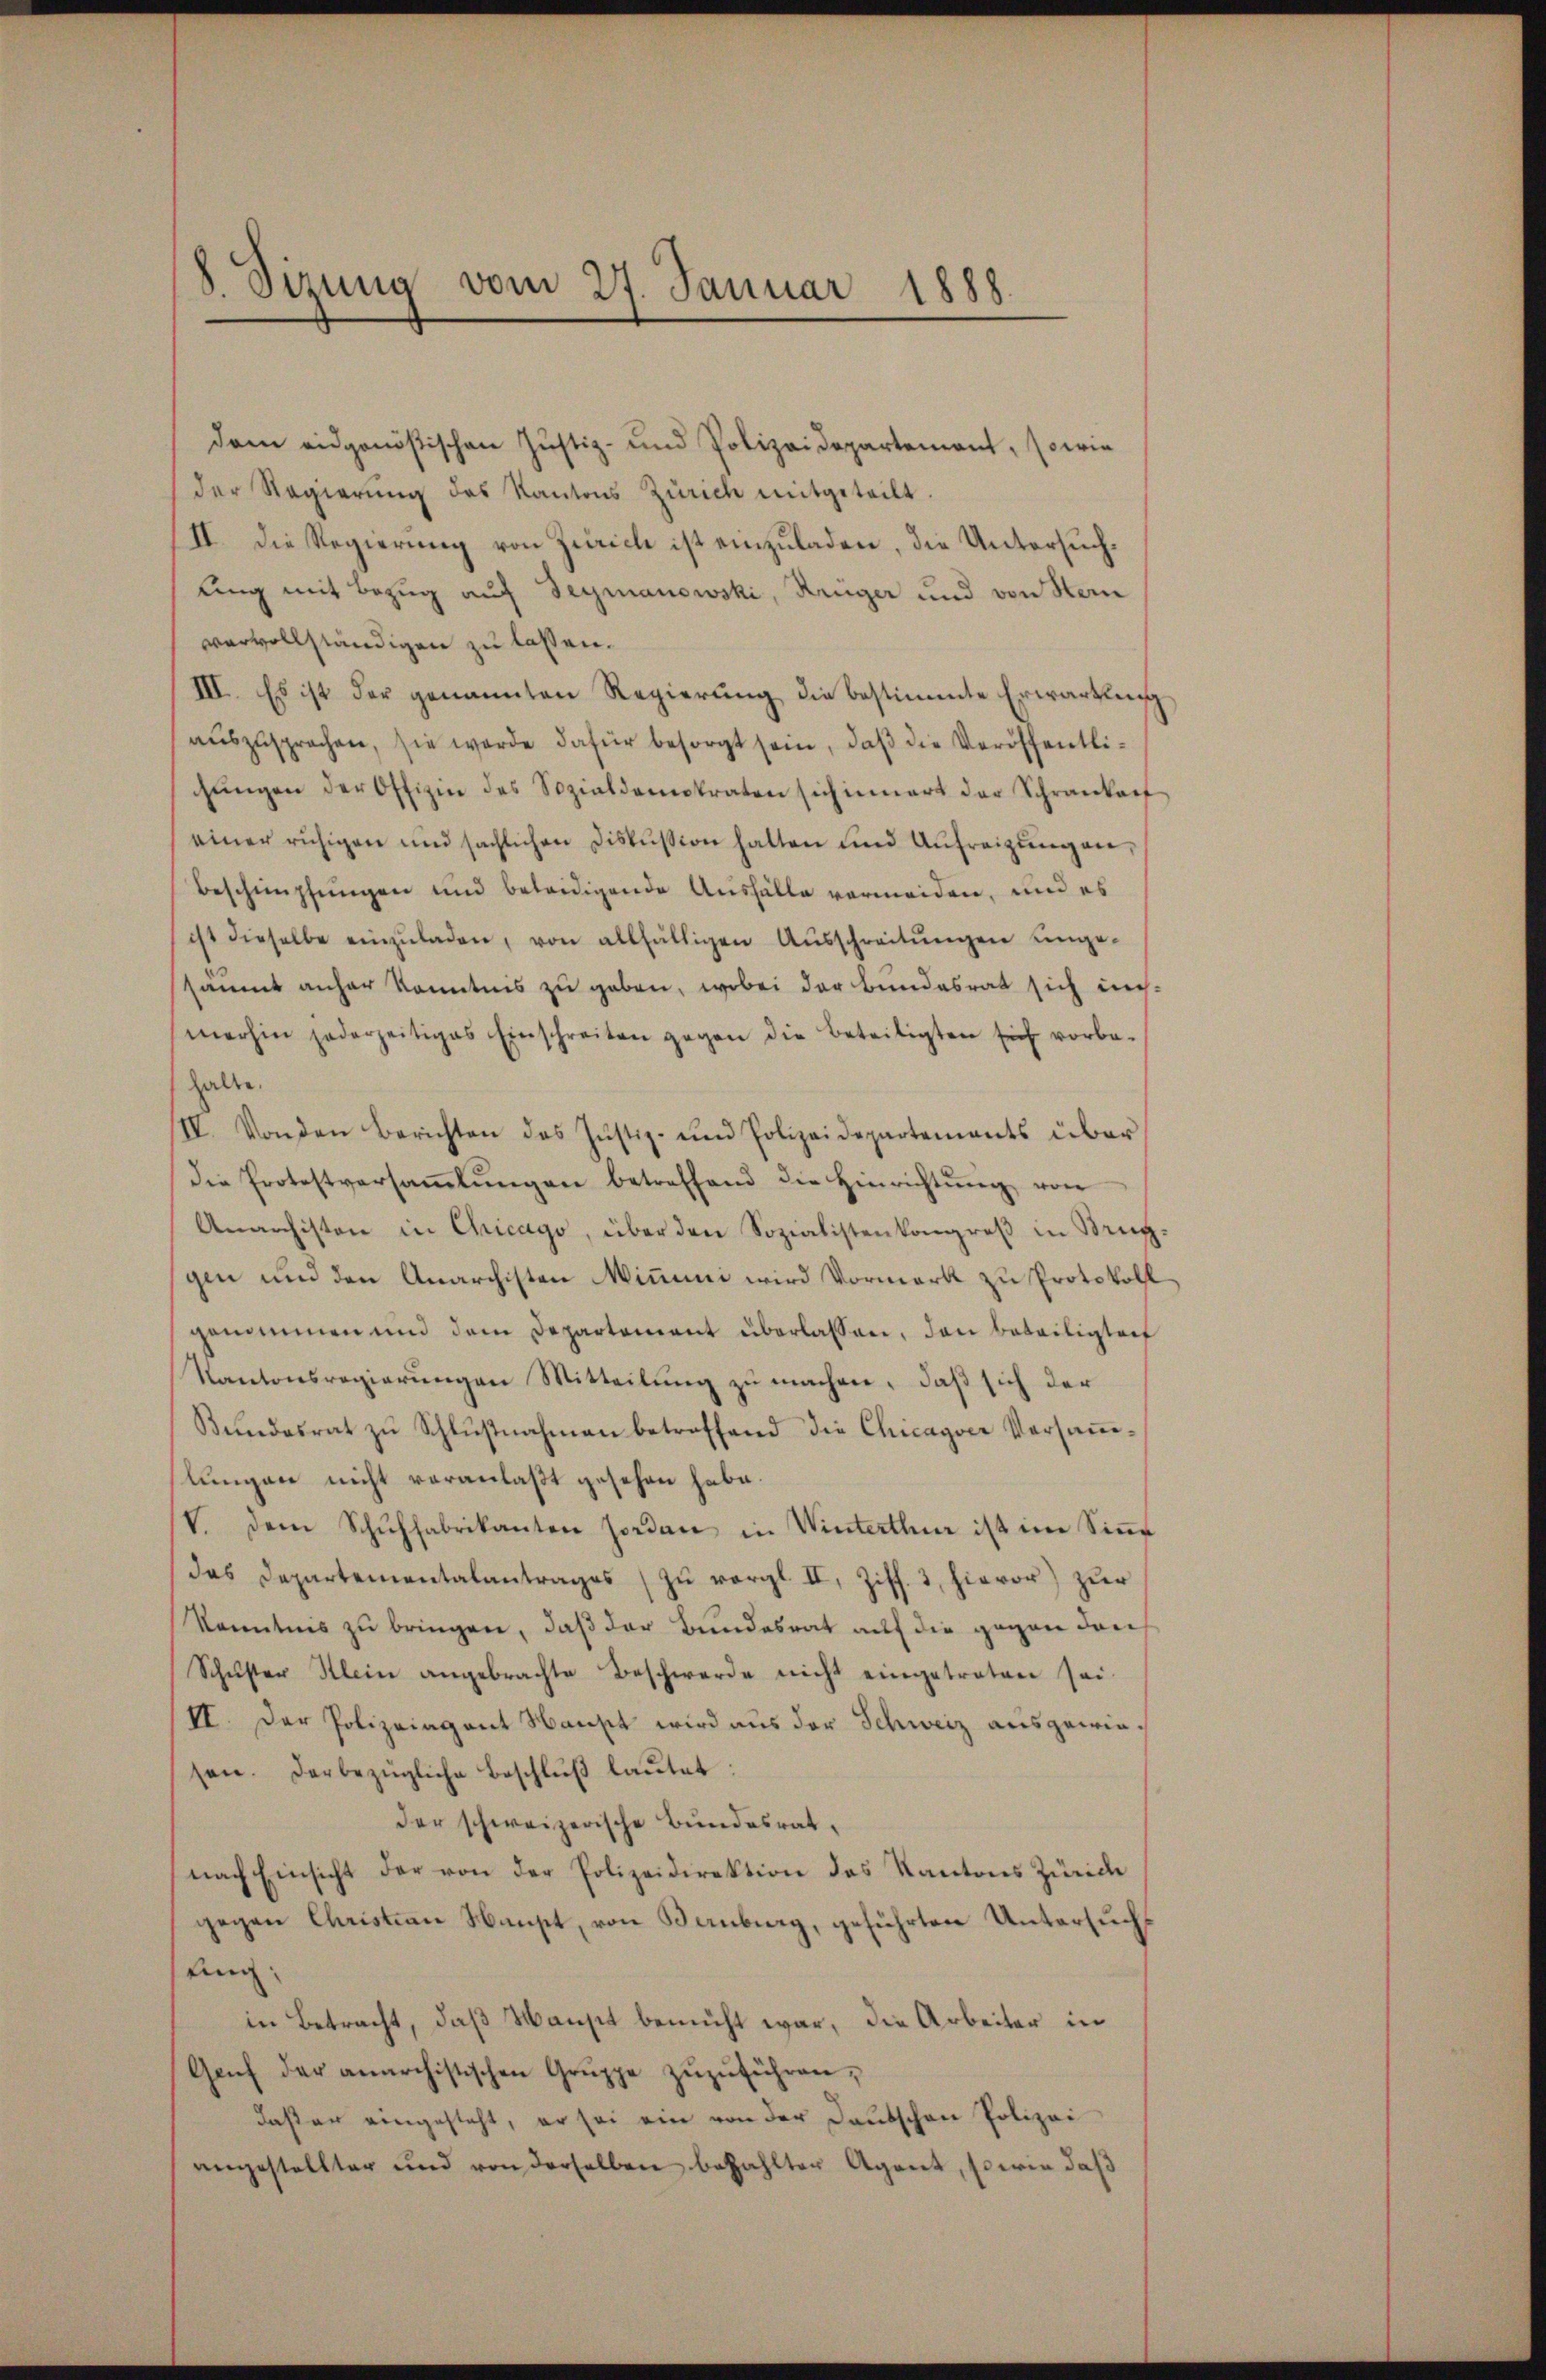
8. Sizung vom 27. Januar 1888.

dam eidgenößischen Justiz- und Polizeidepartement, sowie
der Regierŭng des Kantons Zürich mitgeteilt.
II. Die Regierung von Zürich ist einzuladen, die Untersuchling mit Bezug auf Teymanowski, Krüger und von Stern
vervollständigen zu lassen.
III. Es ist der genannten Regierung die bestimmte Erwartung
auszusprochen, sie werde dafür besorgt sein, daß die Veröffentlichŭngen der Offizin des Sozialdenstraten sich innert der Schrankonf
einer ruhigen und sächlichen Diskussion hatten und Unfreizŭngen,
Beschimpfungen und beleidigende Ausfälle vermeiden, und es
ist dieselbe einzŭladen, von allfälligen Aŭsschreitŭngen unge-
säumt anher konntnis zu geben, wobei der Bundesrat sich unmerhin jederzeitiges Einschreiten gegen die Beseitigten sich vorbe-
halte.
IV. Von den Berichten des Justiz- und Polizeidepartements über
die Protestversaṁlŭngen betreffend die Hinrichtŭng von
Anarchiston in Chicago, über den Sozialistenkongreβ in Kruggen und den Anarchisten Minini wird Vormerk zu Protokoll
genommen und dem Departement überlassen, den Beteiligteih
Kantonsregierungen Mitteilung zu machen, daß sich der
Bundesrat zu Schlußnahmen betreffend die Chicagoer Versammlungen nicht veranlaßt gesehen habe.
V. dem Schŭffabrikanton sodan in Winterthur ist im Siṅe
das Departementalantrages zu vergl. II, Ziff. 3, hievor) zur
Kenntnis zu bringen, daß der Bundesrat auf die gegen den
Schŭster Klein angebrachte Beschwerde nicht eingetreten sei.
II. Der Polizeiagant Haust wird aus der Schweiz ausgewiesen. Darbezügliche Beschluß lautet
der schweizerische Bundesrat,
nach Einsicht der von der Polizeidirektion des Kantons Zürich
gegen Christian Haupt, von Bernburg, geführten Untersuch
fing.
in Betracht, daß Maust bemüht war, die Arbeiter in
Gaŭf der anarchistischen Gruppe zŭzŭführen,
daßer eingesteht, er sei ein von der Deutschen Polizei
angestellter und von derselben bezahlter Agent, sowie daβ